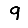
Digit: 9